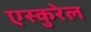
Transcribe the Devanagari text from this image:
एस्कुरेल